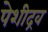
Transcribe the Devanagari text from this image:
पेशीद्रव